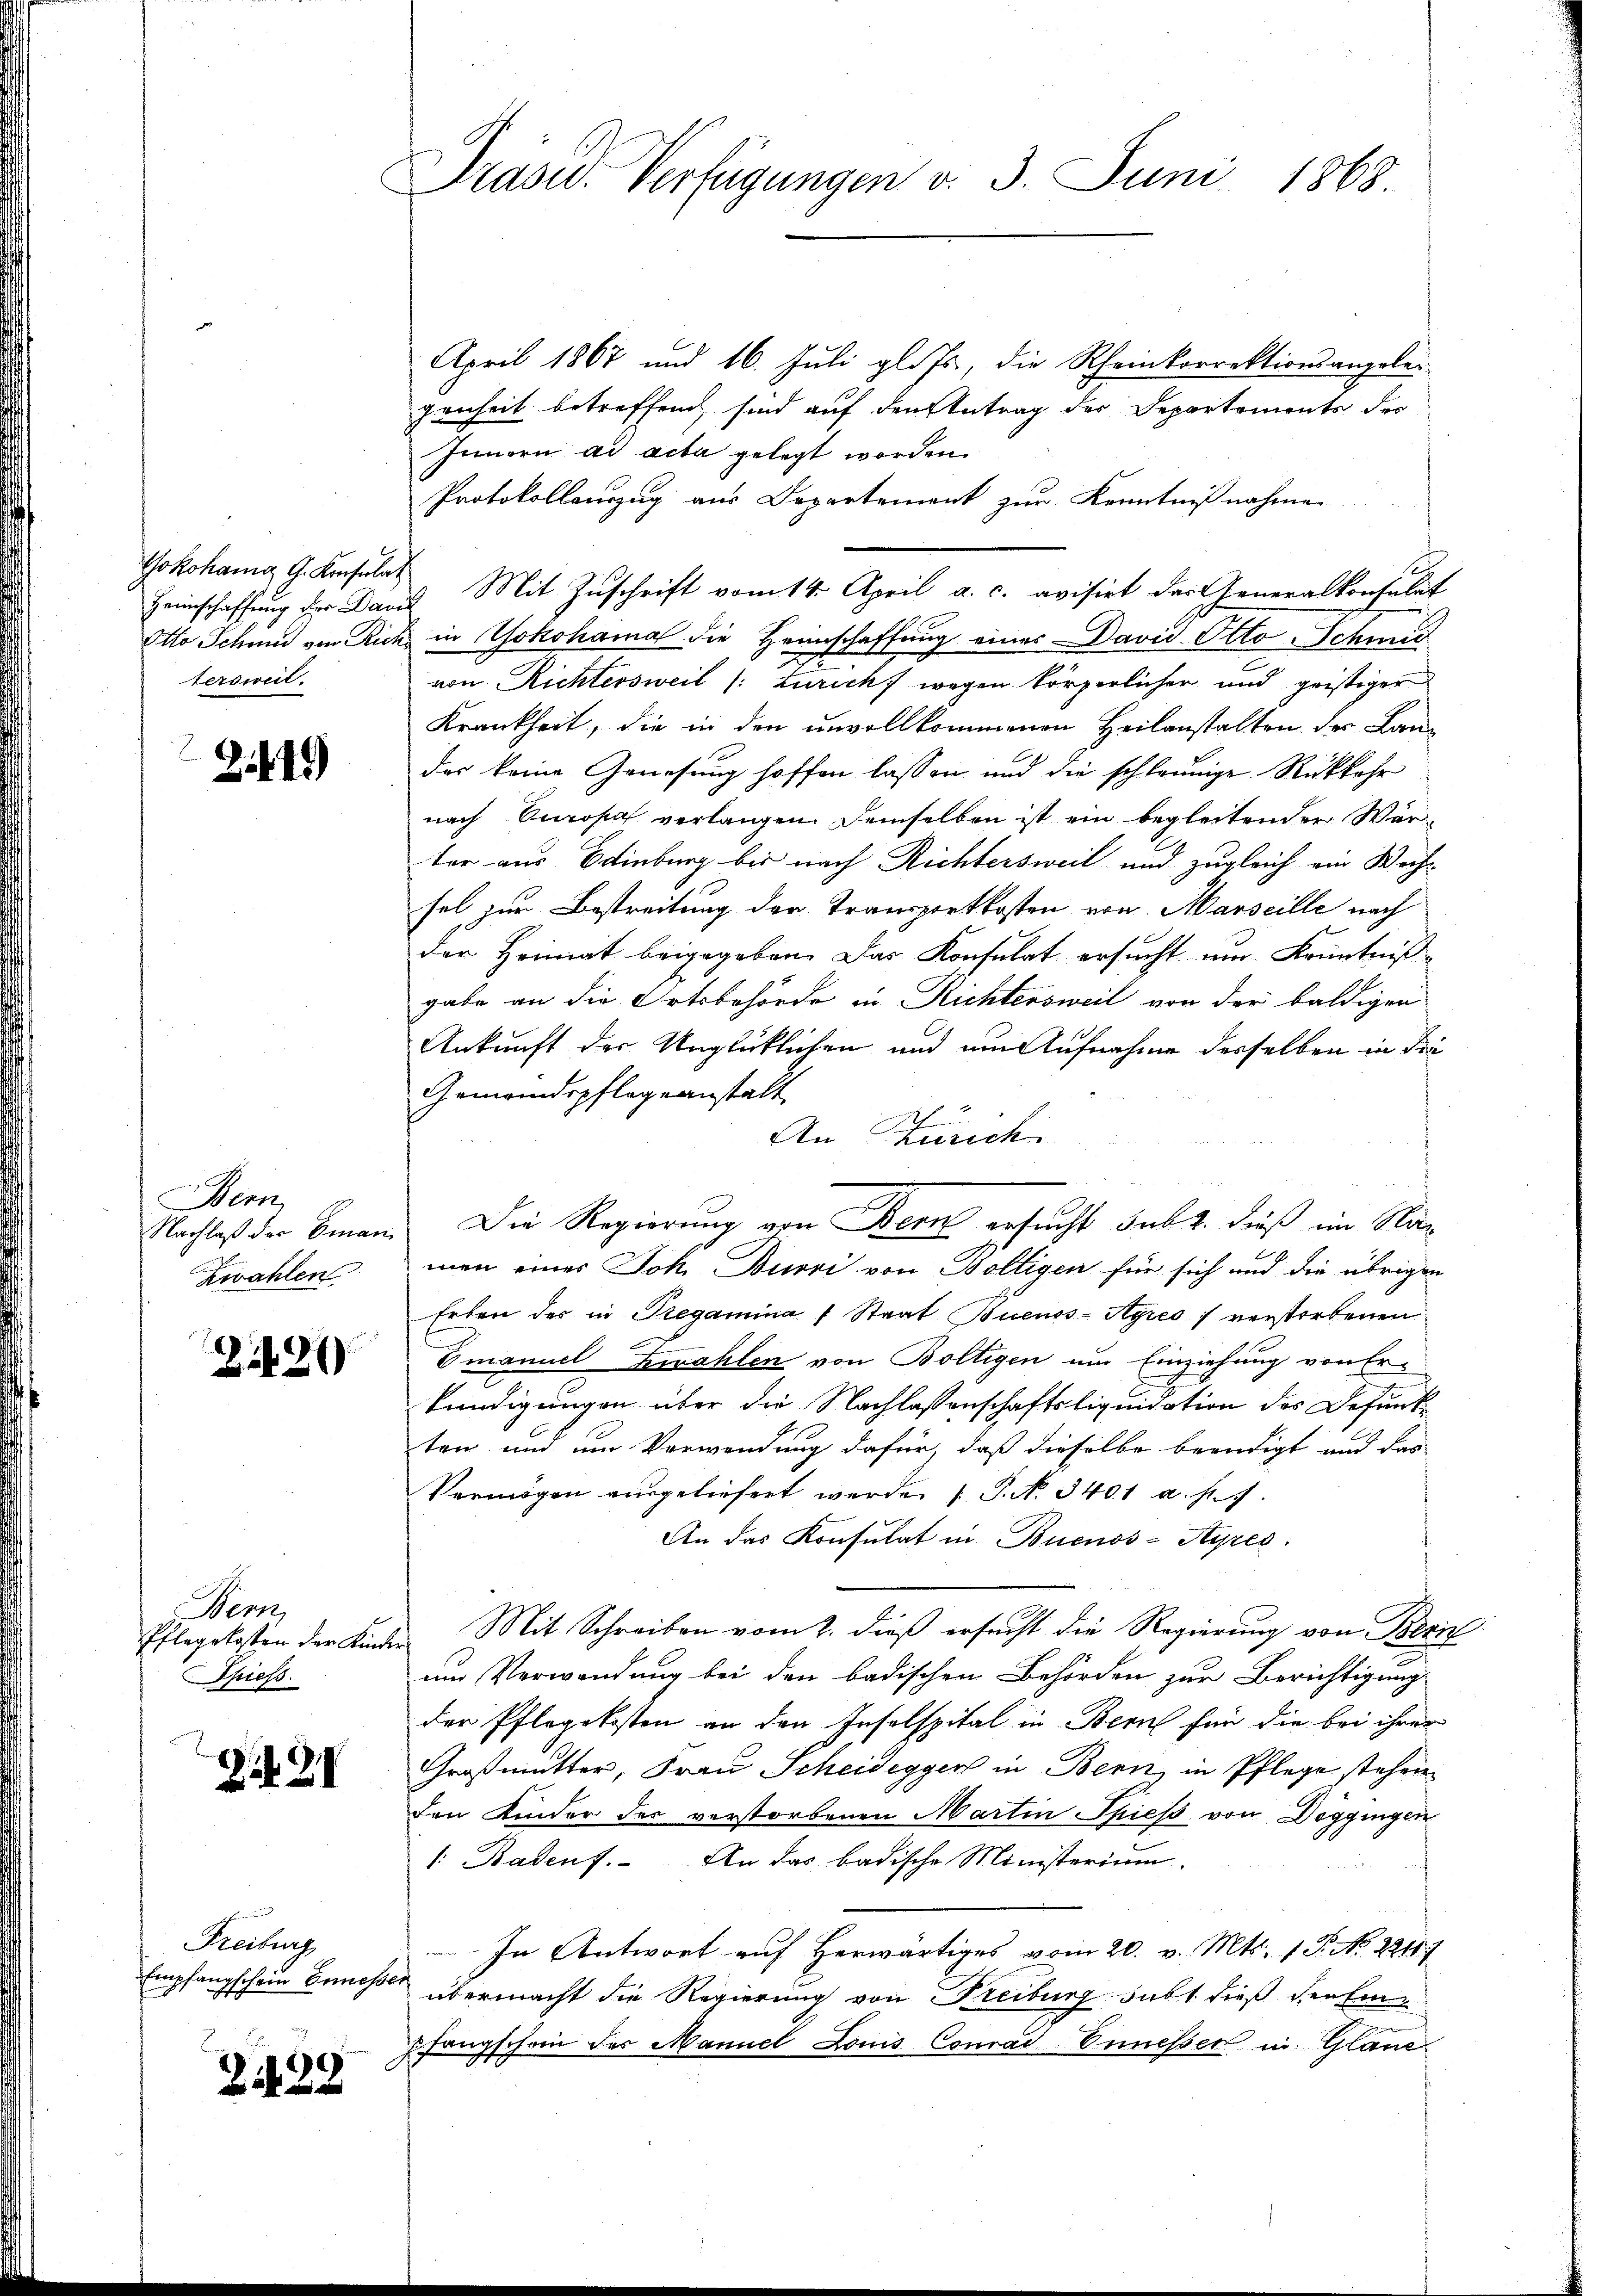
Yokohannig G. Konsulat
Heimschaffung der Davi
Otto Schmid von Rich
tersweil.

244)

Bern,
Nachlaß der Eman
Zwahlen.

Zi420

Bem,
Pflegekosten der Kin
Shiess.

Z 2

Freiburg
Empfangschein Ermess

2438

Präsid. Verfügungen v. 3. Juni 1868

April 1867 und 16. Juli gl. Js., die Rheinkorrektionsangelei
genheit betreffend sind auf den Antrag des Departements der
Innern ad acta gelegt worden.
Protokollanzug aus Departement zur Kenntnißnahme
 Mit Zuschrift vom 14. April a. c. avisirt der Generalkonsulat
in Yokohama die Heimschaffung einer David Otto Schmid
von Richtersweil (: Zürich, wegen körperlicher und geistiger
Krankheit, die in den unvollkommenen Heilanstalten der Landas keine Genesung hoffen lassen und die schleunige Rückkehr
nach Europa verlangen. Demselben ist ein begleitender Wärter aus Edinburg bis nach Richtersweil und zugleich ein Wechsel zur Bestreitung der Transportkosten von Marseille nach
der Heimat beigegeben. Das Konsulat ersucht um Kenntnis-
gabe an die Ortsbehörde in Richtersweil von der baldigen
Ankunft der Unglücklichen und um Aufnahme desselben in die
Gemeindspflegeanstalt
An Zürich
Die Regierung von Bern ersucht subt. dieß im Namen eines Joh. Burri von Boltigen für sich und die übrigen
Erben des in Tregamina 7 Staat Buenos-Ayres verstorbenen
Emanuel Zwahlen von Boltigen um Einziehung von Erkündigungen über die Nachlassenschaftsliquidation des Gesunk
ten und um Verwendung dafür, daß dieselbe beendigt und das
Vermögen ausgeliefert werde (T. N. 3401 a. f. 7
An das Konsulat in Buenos-Ayres:
Mit Schreiben vom 2. dieß ersucht die Regierung von Bern
um Verwendung bei den badischen Behörden zur Berichtigung
der Pflegekosten an den Insolspital in Bern für die bei ihrer
Großmutter, Frau Scheidegger in Bern, in Pflege stehen
den Kinder des verstorbenen Martin Spieß von Doggingen
1. Badenf. An das badische Ministerium.
In Antwort auf Herwärtiges vom 20. v. Mts. 1 P. No. 22119
übermacht die Regierung von Freiburg subt dieß der Einpfangschein des Mannel Louis Conrad-Ennesser in Glane